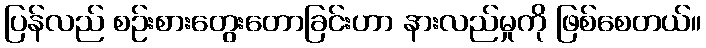
ပြန်လည် စဉ်းစားတွေးတောခြင်းဟာ နားလည်မှုကို ဖြစ်စေတယ်။